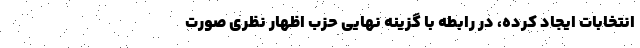
انتخابات ایجاد کرده، در رابطه با گزینه نهایی حزب اظهار نظری صورت